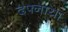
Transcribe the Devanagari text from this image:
दफ्नाया